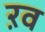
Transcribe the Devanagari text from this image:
ऱव